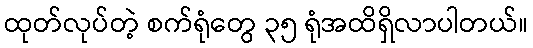
ထုတ်လုပ်တဲ့ စက်ရုံတွေ ၃၅ ရုံအထိရှိလာပါတယ်။